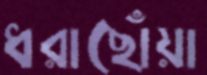
ধরাছোঁয়া